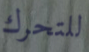
للتحرك